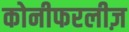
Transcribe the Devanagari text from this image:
कोनीफरलीज़